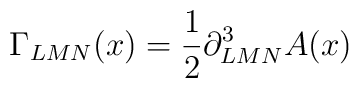
\Gamma_{LMN}(x) = {1\over 2}\partial^3_{LMN} A(x)